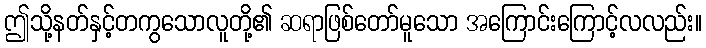
ဤသို့နတ်နှင့်တကွသောလူတို့၏ ဆရာဖြစ်တော်မူသော အကြောင်းကြောင့်လလည်း။